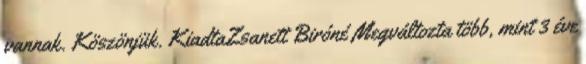
vannak. Köszönjük. KiadtaZsanett Biróné Megváltozta több, mint 3 éve